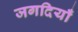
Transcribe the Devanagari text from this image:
जगदियाँ